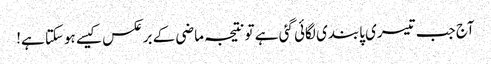
آج جب تیسری پابندی لگائی گئی ہے تو نتیجہ ماضی کے برعکس کیسے ہوسکتا ہے!